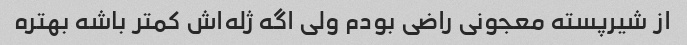
از شیرپسته معجونی راضی بودم ولی اگه ژله‌اش کمتر باشه بهتره